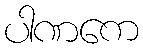
ပါဏကေ